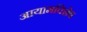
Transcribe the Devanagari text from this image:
आयामविशेष